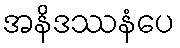
အနိဒဿနံပေ